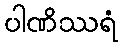
ပါဏိဿရံ